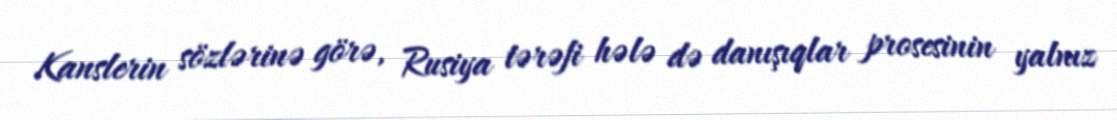
Kanslerin sözlərinə görə, Rusiya tərəfi hələ də danışıqlar prosesinin yalnız